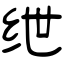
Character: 绁